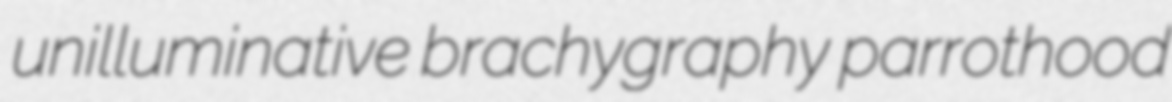
unilluminative brachygraphy parrothood